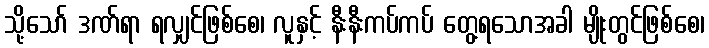
သို့သော် ဒဏ်ရာ ရလျှင်ဖြစ်စေ၊ လူနှင့် နီးနီးကပ်ကပ် တွေ့ရသောအခါ မျိုးတွင်ဖြစ်စေ၊